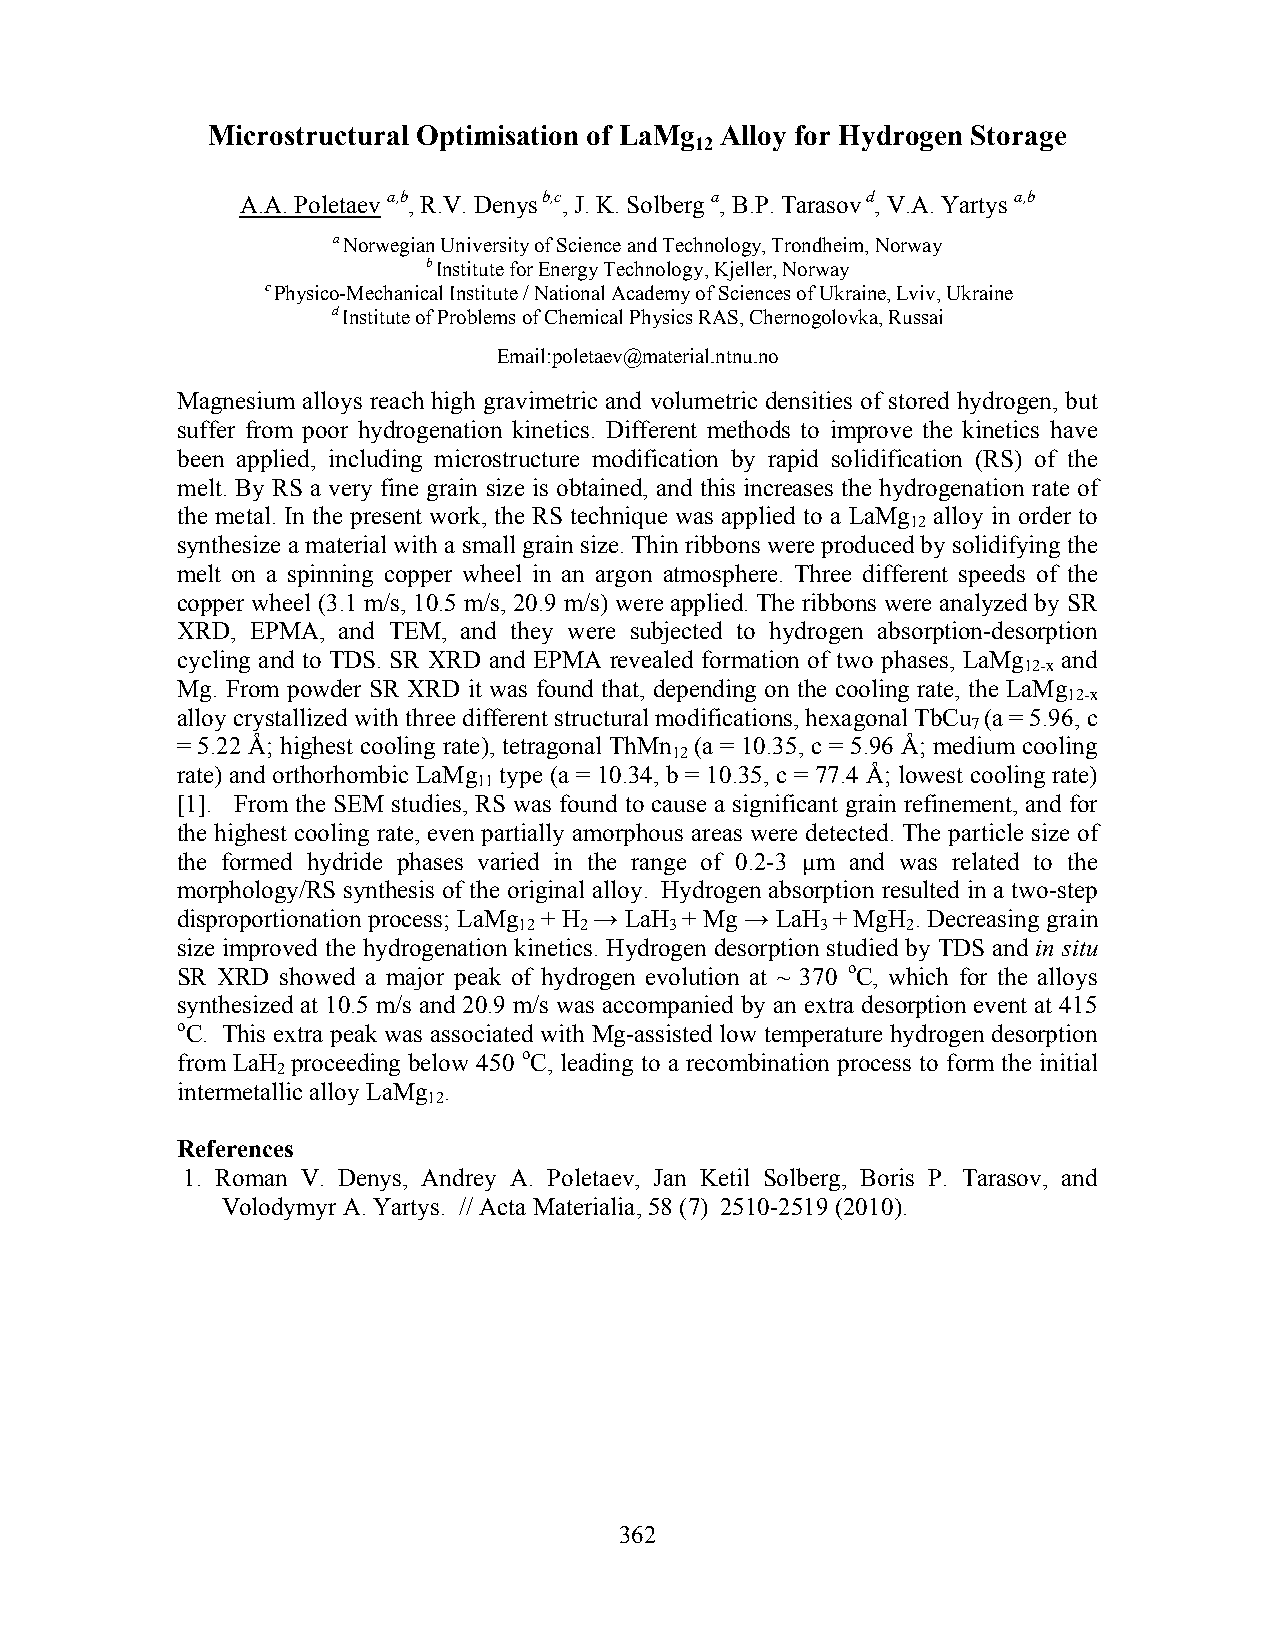
Microstructural Optimisation of LaMg Alloy for Hydrogen Storage
 12
 A.A. Poletaev a,b, R.V. Denys b,c, J. K. Solberg a, B.P. Tarasov d, V.A. Yartys a,b
 a Norwegian University of Science and Technology, Trondheim, Norway
 b Institute for Energy Technology, Kjeller, Norway
 c Physico-Mechanical Institute / National Academy of Sciences of Ukraine, Lviv, Ukraine
 d Institute of Problems of Chemical Physics RAS, Chernogolovka, Russai
 Email:poletaev@material.ntnu.no
 Magnesium alloys reach high gravimetric and volumetric densities of stored hydrogen, but
 suffer from poor hydrogenation kinetics. Different methods to improve the kinetics have
 been applied, including microstructure modification by rapid solidification (RS) of the
 melt. By RS a very fine grain size is obtained, and this increases the hydrogenation rate of
 the metal. In the present work, the RS technique was applied to a LaMg alloy in order to
 12
 synthesize a material with a small grain size. Thin ribbons were produced by solidifying the
 melt on a spinning copper wheel in an argon atmosphere. Three different speeds of the
 copper wheel (3.1 m/s, 10.5 m/s, 20.9 m/s) were applied. The ribbons were analyzed by SR
 XRD, EPMA, and TEM, and they were subjected to hydrogen absorption-desorption
 cycling and to TDS. SR XRD and EPMA revealed formation of two phases, LaMg and
 12-x
 Mg. From powder SR XRD it was found that, depending on the cooling rate, the LaMg
 12-x
 alloy crystallized with three different structural modifications, hexagonal TbCu (a = 5.96, c
 7
 = 5.22 Å; highest cooling rate), tetragonal ThMn (a = 10.35, c = 5.96 Å; medium cooling
 12
 rate) and orthorhombic LaMg type (a = 10.34, b = 10.35, c = 77.4 Å; lowest cooling rate)
 11
 [1]. From the SEM studies, RS was found to cause a significant grain refinement, and for
 the highest cooling rate, even partially amorphous areas were detected. The particle size of
 the formed hydride phases varied in the range of 0.2-3 µm and was related to the
 morphology/RS synthesis of the original alloy. Hydrogen absorption resulted in a two-step
 disproportionation process; LaMg + H → LaH + Mg → LaH + MgH . Decreasing grain
 12  2     3         3     2
 size improved the hydrogenation kinetics. Hydrogen desorption studied by TDS and in situ
 SR XRD showed a major peak of hydrogen evolution at ~ 370 oC, which for the alloys
 synthesized at 10.5 m/s and 20.9 m/s was accompanied by an extra desorption event at 415
 oC. This extra peak was associated with Mg-assisted low temperature hydrogen desorption
 from LaH proceeding below 450 oC, leading to a recombination process to form the initial
 2
 intermetallic alloy LaMg .
 12
 References
 1. Roman V. Denys, Andrey A. Poletaev, Jan Ketil Solberg, Boris P. Tarasov, and
 Volodymyr A. Yartys. // Acta Materialia, 58 (7) 2510-2519 (2010).
 362